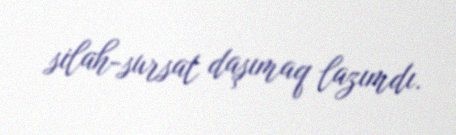
silah-sursat daşımaq lazımdı.